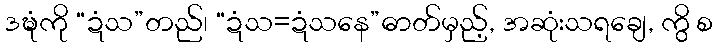
ဒဍ္ဎံကို “ဍံသ”တည်၊ “ဍံသ=ဍံသနေ”ဓာတ်မှည့်, အဆုံးသရချေ, ကွိ စ